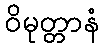
ဝိမုတ္တာနံ